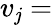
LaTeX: v_{\mathit{j}}=